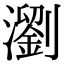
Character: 瀏